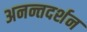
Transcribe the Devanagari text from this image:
अनन्तदर्शन